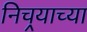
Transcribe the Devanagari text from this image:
निचर्‍याच्या